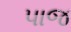
પાજ